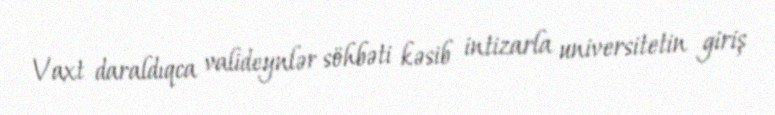
Vaxt daraldıqca valideynlər söhbəti kəsib intizarla universitetin giriş